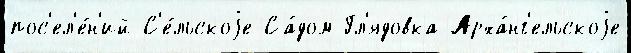
пос'ел'е́н'ий С'е́льскоjе Са́дом-Гл'ядовка Арха́нг'ельскоjе